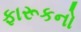
ફારૂકનો